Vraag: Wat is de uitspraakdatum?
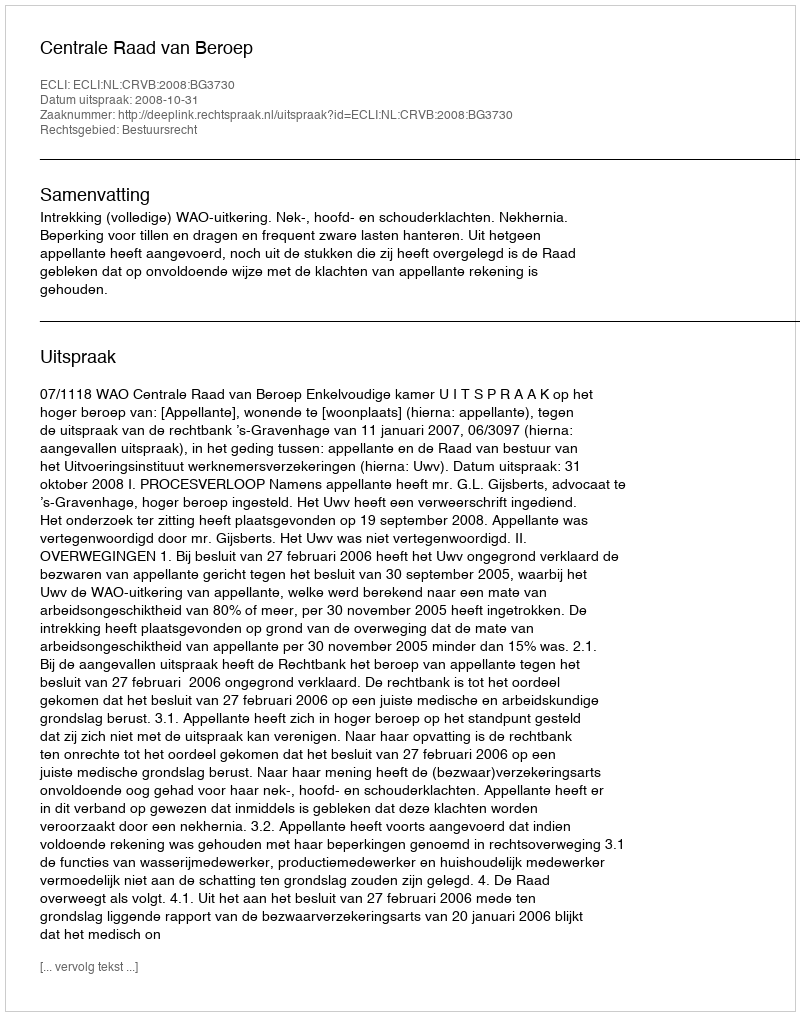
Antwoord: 2008-10-31